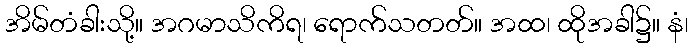
အိမ်တံခါးသို့။ အဂမာသိကိရ၊ ရောက်သတတ်။ အထ၊ ထိုအခါ၌။ နံ၊